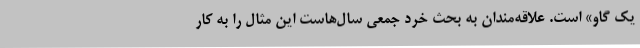
یک گاو» است. علاقه‌مندان به بحث خرد جمعی سال‌هاست این مثال را به کار